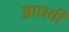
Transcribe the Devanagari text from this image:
आघवीं